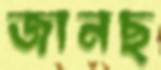
জানছ